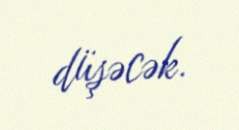
düşəcək.